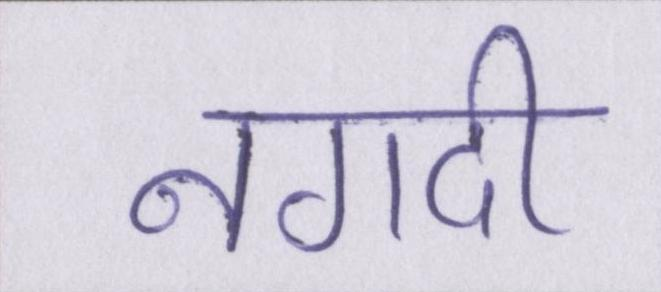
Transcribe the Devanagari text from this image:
नगदी